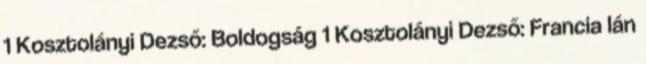
1 Kosztolányi Dezső: Boldogság 1 Kosztolányi Dezső: Francia lán